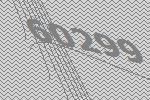
60299